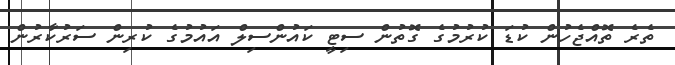
ތެރެ ތޮއްޖެހުން ކުޑަ ކުރުމުގެ ގޮތުން ސިޓީ ކައުންސިލް އައުމުގެ ކުރިން ސަރުކާރުން